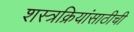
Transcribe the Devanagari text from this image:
शस्त्रक्रियांसाठीची